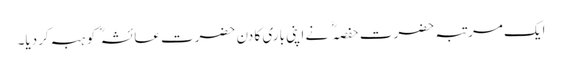
ایک مرتبہ حضرت حفصہ نے اپنی باری کا دن حضرت عائشہ کو ہبہ کردیا۔